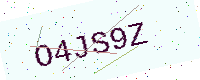
Text: O4JS9Z